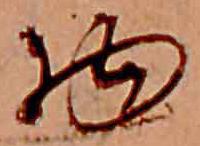
物